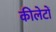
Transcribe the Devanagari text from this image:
कीलेटों